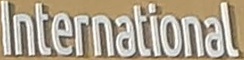
Inernational